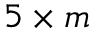
5 \times m